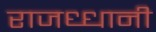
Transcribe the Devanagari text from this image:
राजध्धानी